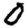
Digit: 0